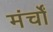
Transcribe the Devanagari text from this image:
मंर्चों